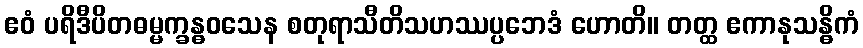
ဧဝံ ပရိဒီပိတဓမ္မက္ခန္ဓဝသေန စတုရာသီတိသဟဿပ္ပဘေဒံ ဟောတိ။ တတ္ထ ဧကာနုသန္ဓိကံ